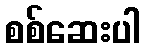
စစ်ဆေးပါ